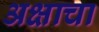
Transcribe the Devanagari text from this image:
अक्षाचा